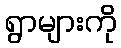
ရွာများကို